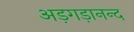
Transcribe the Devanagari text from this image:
अड़गड़ानन्द